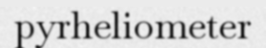
pyrheliometer